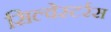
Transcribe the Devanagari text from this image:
सिल्वेस्टर्रस